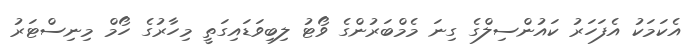
އެކަމަކު އެފަހަރު ކައުންސިލްގެ ގިނަ މެމްބަރުންގެ ވޯޓު ލިބިވަޑައިގަތީ މިހާރުގެ ހޯމް މިނިސްޓަރު